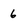
Character: 6